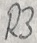
Text: R3